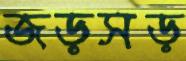
জড়সড়